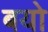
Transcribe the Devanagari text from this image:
बयो